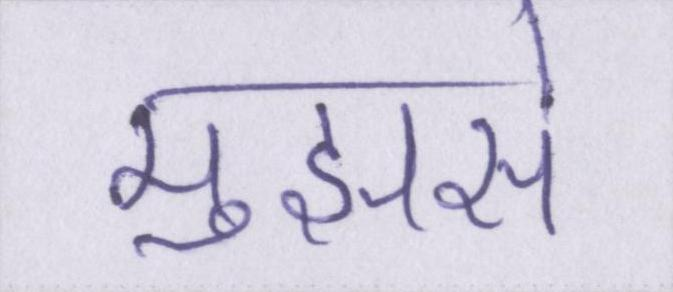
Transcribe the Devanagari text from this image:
मुझसे